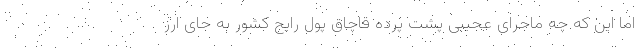
اما این که چه ماجرای عجیبی پشت پرده قاچاق پول رایج کشور به جای ارز